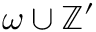
\omega \cup \mathbb { Z } ^ { \prime }